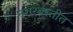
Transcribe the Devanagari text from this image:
नगरवस्तीत